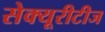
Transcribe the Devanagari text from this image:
सेक्यूरीटीज